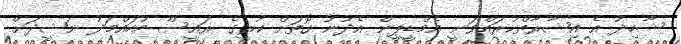
ޝާހިދު އެ އިޝާރާތްކުރައްވަނީ އެމްޑީޕީން އެދުނު ގޮތަށް ކުރީގެ ރައީސް މުހައްމަދު ނަޝީދަށް